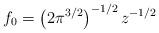
LaTeX: \begin{align*}f_0=\left(2{\pi}^{3/2}\right)^{-1/2} z^{-1/2}\end{align*}